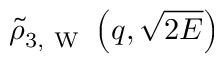
\tilde { \rho } _ { 3 , \mathrm { ~ W ~ } } \left( q , \sqrt { 2 E } \right)